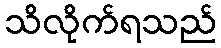
သိလိုက်ရသည်